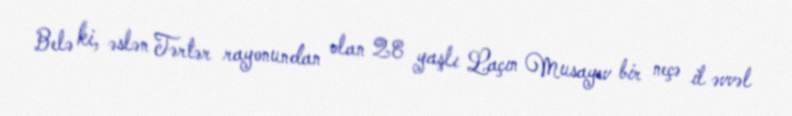
Belə ki, əslən Tərtər rayonundan olan 28 yaşlı Laçın Musayev bir neçə il əvvəl